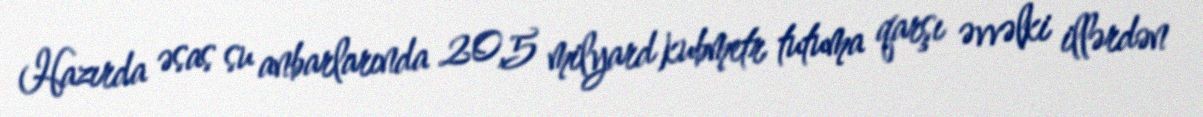
Hazırda əsas su anbarlarında 20,5 milyard kubmetr tutuma qarşı əvvəlki illərdən